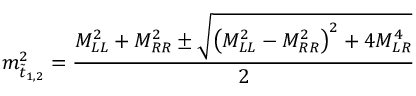
m _ { \tilde { t } _ { 1 , 2 } } ^ { 2 } = \frac { M _ { L L } ^ { 2 } + M _ { R R } ^ { 2 } \pm \sqrt { \left( M _ { L L } ^ { 2 } - M _ { R R } ^ { 2 } \right) ^ { 2 } + 4 M _ { L R } ^ { 4 } } } { 2 }